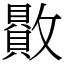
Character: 贁